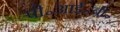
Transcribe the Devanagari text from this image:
पी॰आई॰बी॰